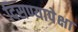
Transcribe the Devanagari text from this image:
दिसण्यापेक्षा